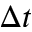
\Delta t